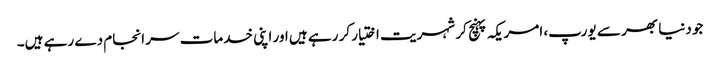
جو دنیا بھر سے یورپ، امریکہ پہنچ کر شہریت اختیار کر رہے ہیں اور اپنی خدمات سر انجام دے رہے ہیں۔